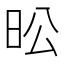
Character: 昖